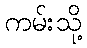
ကမ်းသို့